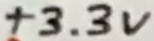
Text: +3.3V